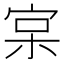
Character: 宲